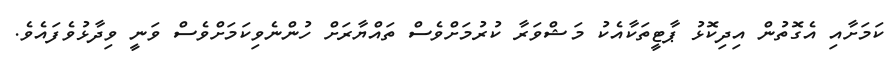
ކަމަށާއި އެގޮތުން އިދިކޮޅު ޕާޓީތަކާއެކު މަޝްވަރާ ކުރުމަށްވެސް ތައްޔާރަށް ހުންނެވިކަމަށްވެސް ވަނީ ވިދާޅުވެފައެވެ.